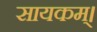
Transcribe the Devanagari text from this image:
सायकम्।